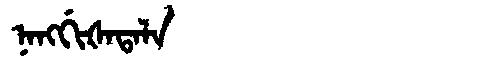
Manchu: ᠨᠠᠩᡤᡳᡧᠠᡨᠠᠯᠠ
Romanization: NANGGIŠATALA